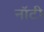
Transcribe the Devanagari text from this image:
नॉटी